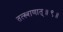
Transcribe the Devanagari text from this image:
तत्ख्शणात्॥९॥